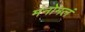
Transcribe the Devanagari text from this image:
मनोमलं